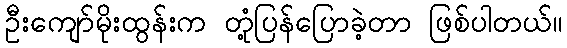
ဦးကျော်မိုးထွန်းက တုံ့ပြန်ပြောခဲ့တာ ဖြစ်ပါတယ်။